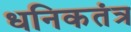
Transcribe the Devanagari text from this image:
धनिकतंत्र